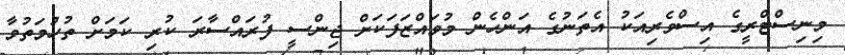
މިނިސްޓްރީގެ އިސްވެރިއަކު އެތަނުގެ އަންހެން މުވައްޒަފަަކަށް ޖިންސީ ފުރައްސާރަ ކުރި ކަމަށް ތުހުމަތުވާ